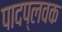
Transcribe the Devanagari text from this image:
पादप्लवक